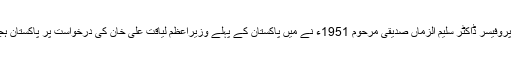
بعد ازاں پروفیسر ڈاکٹر سلیم الزماں صدیقی مرحوم 1951ء نے میں پاکستان کے پہلے وزیراعظم لیاقت علی خان کی درخواست پر پاکستان ہجرت کی۔